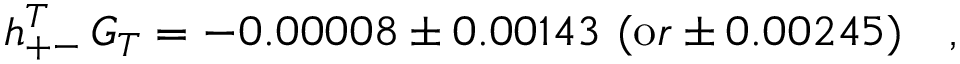
h _ { + - } ^ { T } \, G _ { T } = - 0 . 0 0 0 0 8 \pm 0 . 0 0 1 4 3 \ ( { \mathrm o r } \pm 0 . 0 0 2 4 5 ) \ \ \ ,